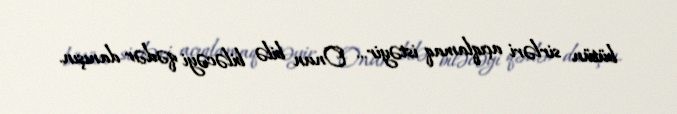
bütün sirləri açıqlamaq istəyir... Onun bilə biləcəyi qədər danışın.